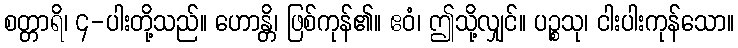
စတ္တာရိ၊ ၄-ပါးတို့သည်။ ဟောန္တိ၊ ဖြစ်ကုန်၏။ ဧဝံ၊ ဤသို့လျှင်။ ပဉ္စသု၊ ငါးပါးကုန်သော။